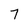
Character: 7